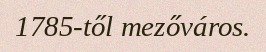
1785-től mezőváros.